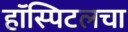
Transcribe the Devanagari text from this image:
हॉस्पिटलचा